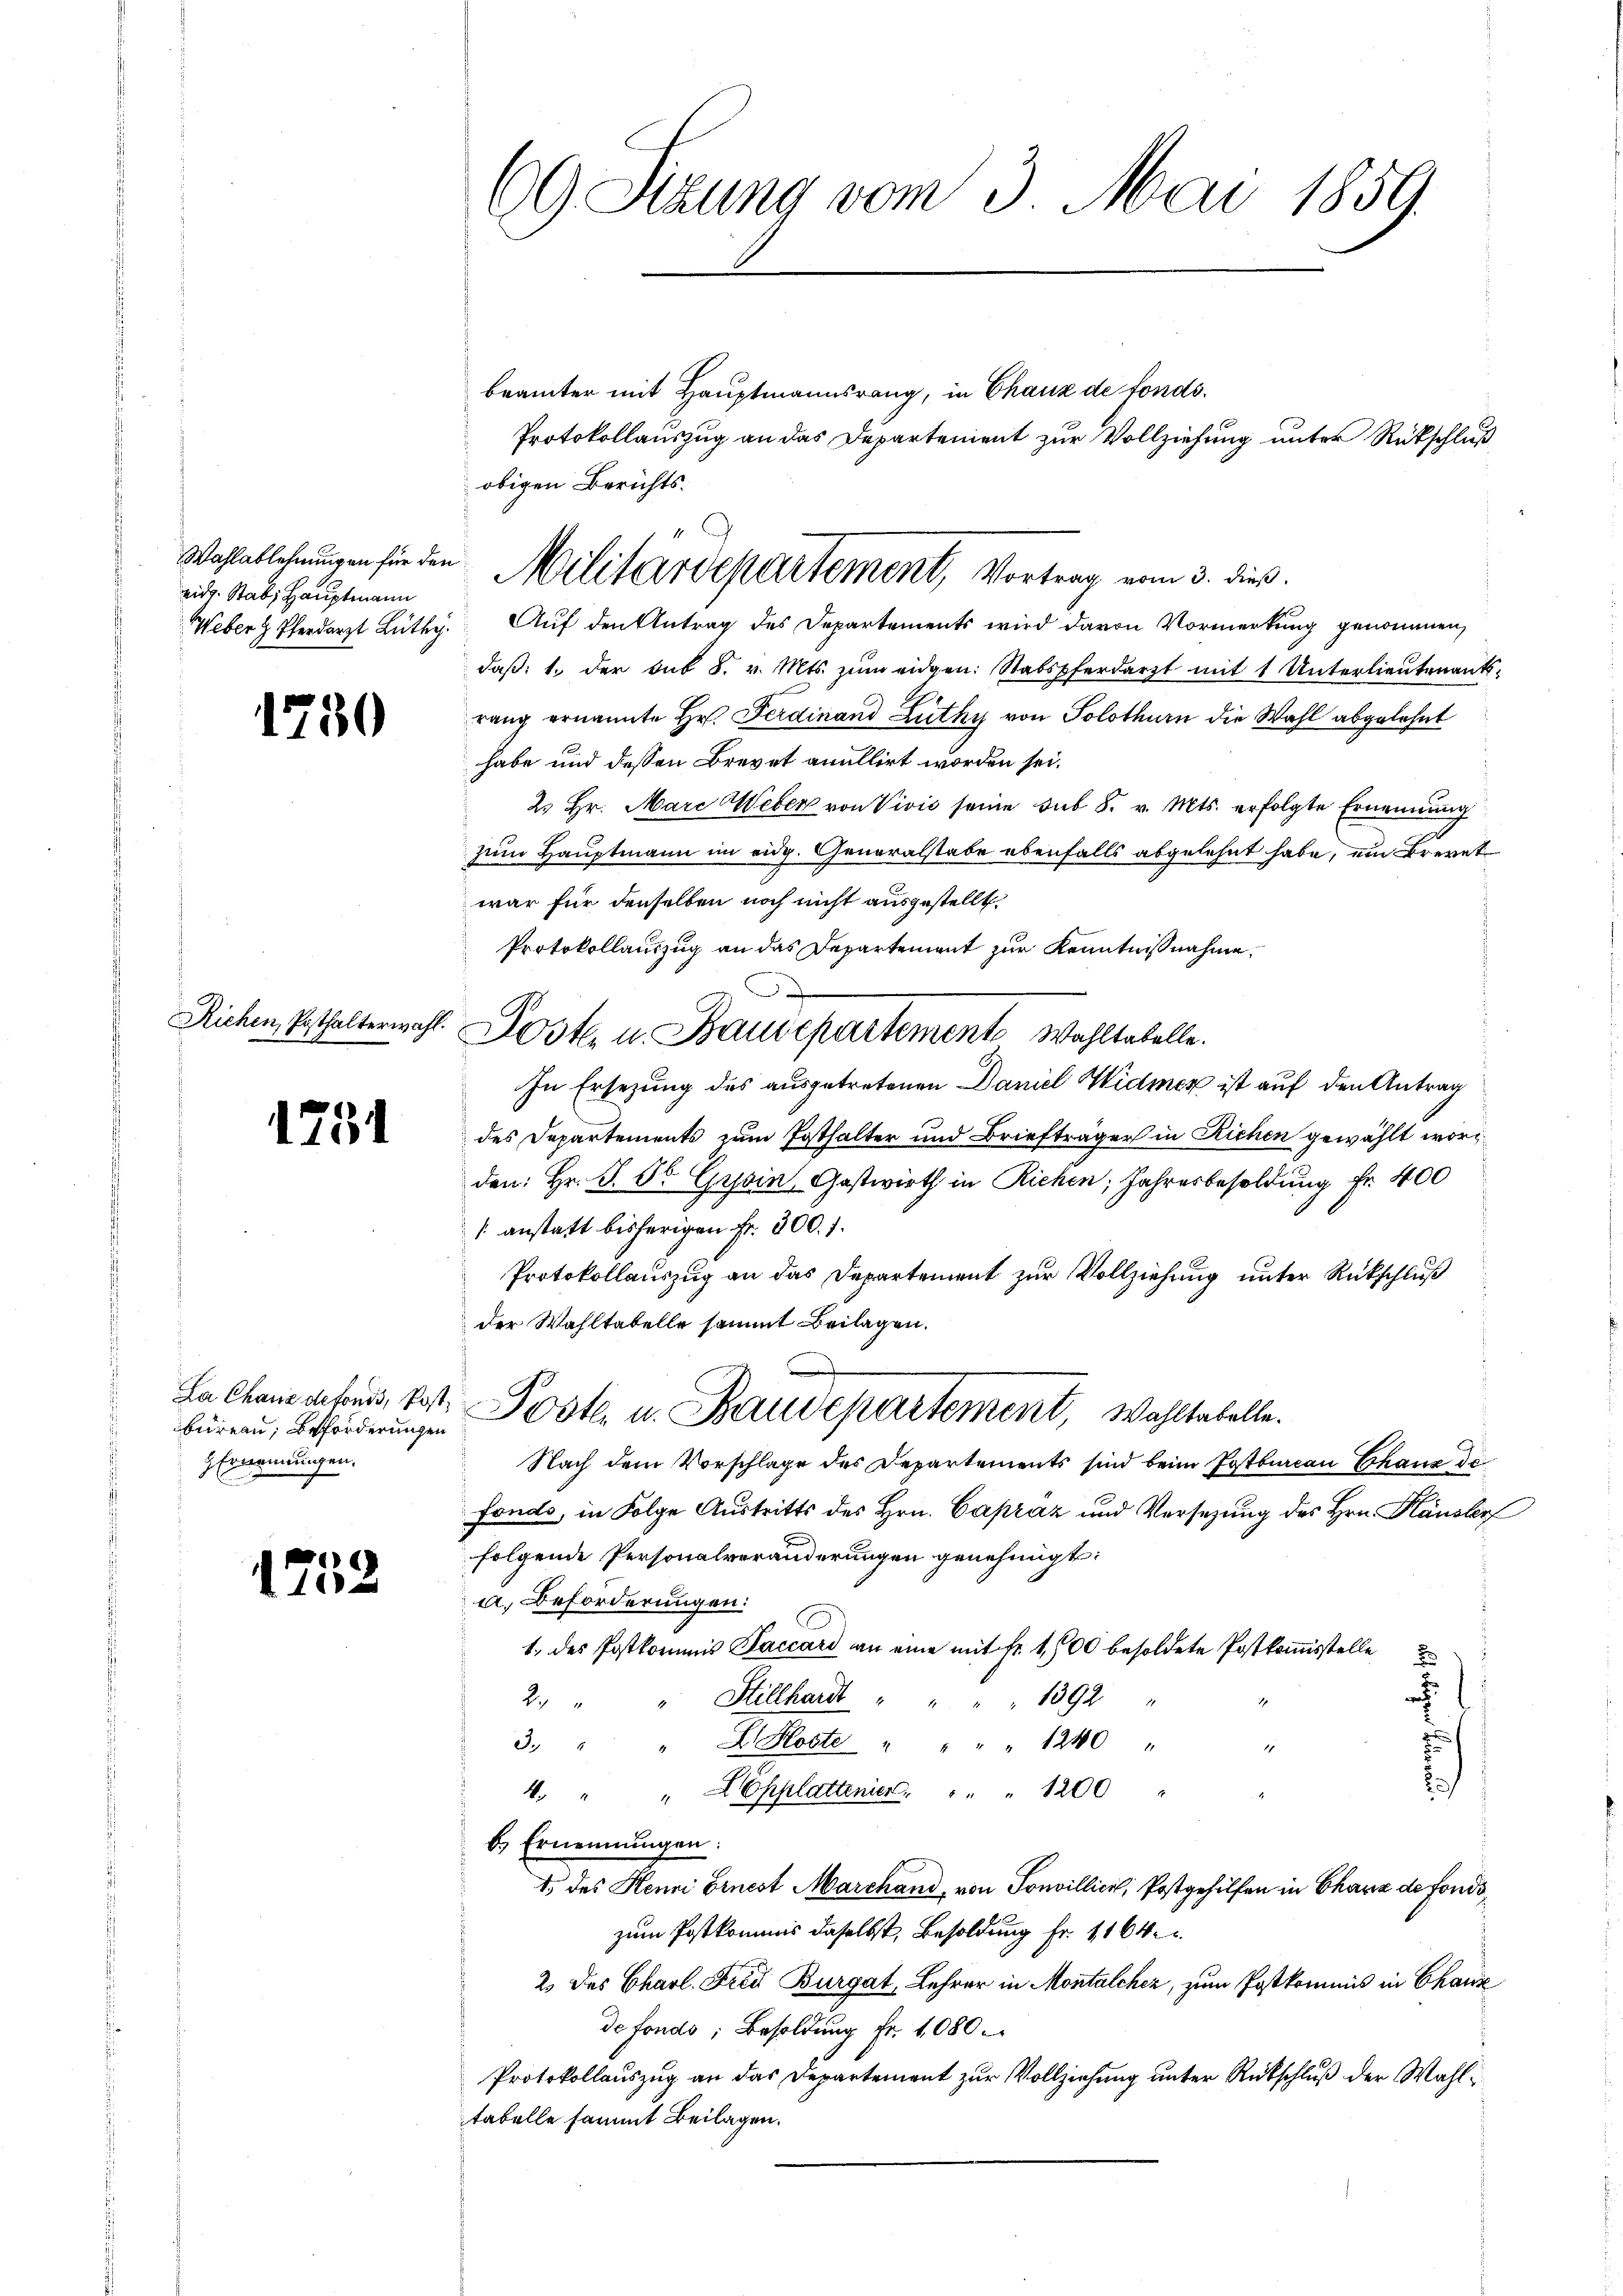
eidg. Stab; Hauptmann

1750

Richen, Posthalterwahl.

1751

La Chaus defonds, Post.
büreau, Beförderungen
HErnennungen.

)

10

.

69 Sitzung vom 3. Mai 1859.

brämter mit Hauptmannsrang, in Chaux de fonds.
Protokollauszug an das Departement zur Vollziehung unter Rückschluß
obigen Berichts¬

Weber Therdarzt Lüthy. Auf den Antrag des Departements wird davon Vormerkung genommen,
daβ: 1. der Bub 8. v. Mts. zŭm eidgen: Stabspferdarzt mit 1 Unterlieutenantsrang ernannte Hr. Ferdinand Lüthy von Solothurn die Wahl abgelehnt
habe und dessen Brevet anullirt worden sei.
2. Hr. Marc Weber von Vivić seine sub 8. v. Mts. erfolgte Ernennung
zum Hauptmann im eidg. Generalstabe ebenfalls abgelehnt habe, ein Brevet
war für denselben noch nicht ausgestellt,
Protokollauszug an das Departement zur Kenntnißnahme.
Lost. u. Baudepartement Wohltabelle.
In Ersezung des ausgetretenen Daniel Widmer ist auf den Antrag
des Departements zum Posthalter und Briefträger in Richen gewählt worden: Hr. S. 56. Gysin, Gastwirth in Richen, Jahresbesoldung Fr. 400
[anstatt bisherigen Fr. 300. f.
Protokollauszug an das Departement zur Vollziehung unter Rückschluß
der Wahltabelle sammt Beilagen.
 Post u. Baudepartement, Wohltabelle.
Nach dem Vorschlage des Departements sind beim Postbureau Schanz de
Fonds, in Folge Austritts des Hrn. Capraz und Versezung des Hrn. Häusler
folgende Personalveränderungen genehmigt.
a. Beförderungen:
1. des Postkommis Baccard an eine mit Fr. 1,500 besoldete Postkommisstelle

2. " Stillhardt " " " " 1392 "
3. " " Kloste " " " " 1240 "
s
" Esplattinien " " " 1200
4
b. Ernennungen:
1 des Henni Ernest Marchand, von Sonillici, Postgehilfen in Chara de fondo,
zum Postkommis daselbst, Besoldung fr. 1164
2 des Charl. Frei Burgat, Lehrer in Montalcher, zum Postkommis in Chause
de fonds; Besoldung Fr. 1080.
Protokollauszug an das Departement zur Vollziehung unter Rütschluß der Wahltabelle sammt Beilagen.

M.

Wahlablehnungen für den Militärdepartement, Vortrag vom 3. dieß.